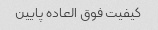
کیفیت فوق العاده پایین